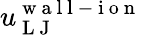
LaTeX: u_{\mathrm{~L~J~}}^{\mathrm{~w~a~l~l~-~i~o~n~}}